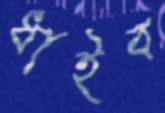
ধাইব